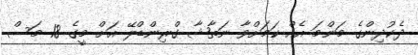
ދެކުދިންގެ މަންމަ އެއް ކަމަށްވާ ނަތާޝާ ގްރިންޑްލޭ އަށް މީގެ 18 މަސް